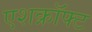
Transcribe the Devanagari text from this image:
एशक्रॉफ्ट